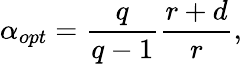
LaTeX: \alpha_{opt}=\frac{q}{q-1}\frac{r+d}{r},